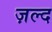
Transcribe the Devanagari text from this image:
ज़ल्द